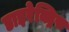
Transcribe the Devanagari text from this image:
डाइरेक्ट्रिस